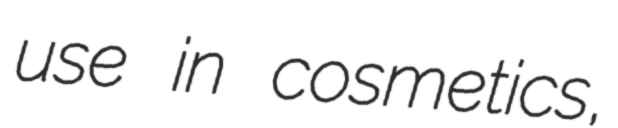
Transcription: use in cosmetics,